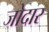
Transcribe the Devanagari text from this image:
जोदार